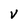
Character: V